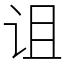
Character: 诅